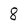
Character: 8